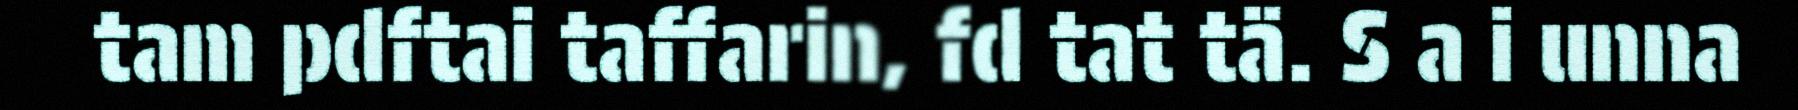
tam pdftai taffarin, fd tat tä. S a i unna